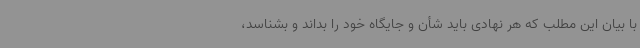
با بیان این مطلب که هر نهادی باید شأن و جایگاه خود را بداند و بشناسد،